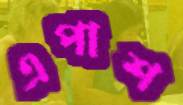
এপাশ